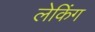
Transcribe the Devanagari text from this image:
लेकिंग